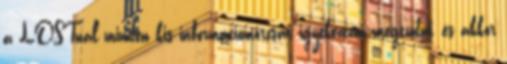
a LOSTnál minden kis információmorzsát igyekeztem megtudni, és akkor